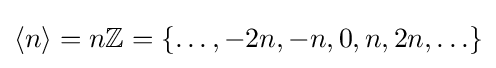
\langle n\rangle =n\mathbb {Z} =\{\ldots ,-2n,-n,0,n,2n,\ldots \}